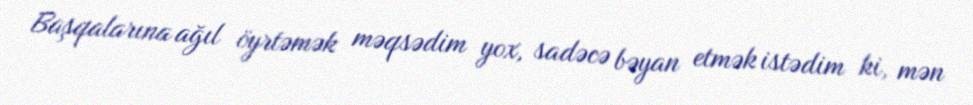
Başqalarına ağıl öyrtəmək məqsədim yox, sadəcə bəyan etmək istədim ki, mən